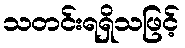
သတင်းရရှိသဖြင့်